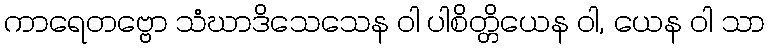
ကာရေတဗ္ဗော သံဃာဒိသေသေန ဝါ ပါစိတ္တိယေန ဝါ, ယေန ဝါ သာ